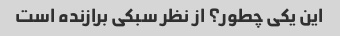
این یکی چطور؟ از نظر سبکی برازنده است